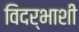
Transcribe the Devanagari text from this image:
विदर्भाशी